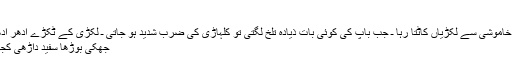
“
وہ سر جھکائے خاموشی سے لکڑیاں کاٹتا رہا ـ جب باپ کی کوئی بات ذیادہ تلخ لگتی تو کلہاڑی کی ضرب شدید ہو جاتی ـ لکڑی کے ٹکڑے اِدھر اُدھر بکھر جاتے ـ
جھکی بوڑھا سفید داڑھی کجھاتے پھر بولتا !